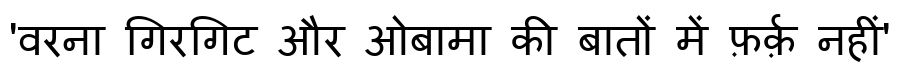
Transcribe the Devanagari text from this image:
'वरना गिरगिट और ओबामा की बातों में फ़र्क़ नहीं'